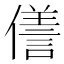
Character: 𠏜